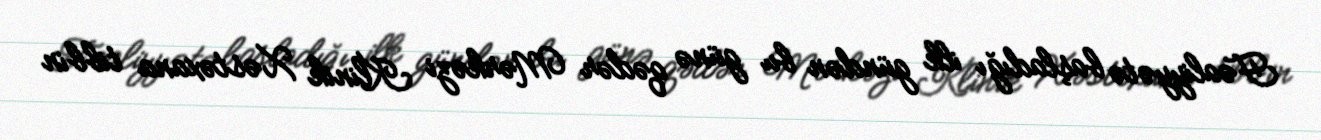
Fəaliyyətə başladığı ilk gündən bu günə qədər Mərkəzi Klinik Xəstəxana tibbin